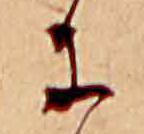
に